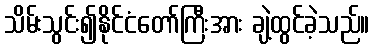
သိမ်းသွင်း၍နိုင်ငံတော်ကြီးအား ချဲ့ထွင်ခဲ့သည်။